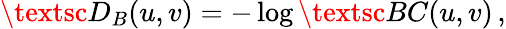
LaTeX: \textsc{D}_{B}(u,v)=-\log\textsc{BC}(u,v)\, ,